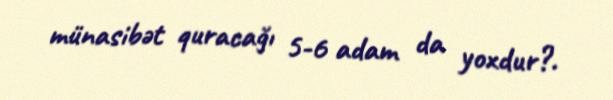
münasibət quracağı 5-6 adam da yoxdur?.